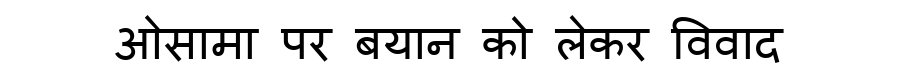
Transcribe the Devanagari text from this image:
ओसामा पर बयान को लेकर विवाद